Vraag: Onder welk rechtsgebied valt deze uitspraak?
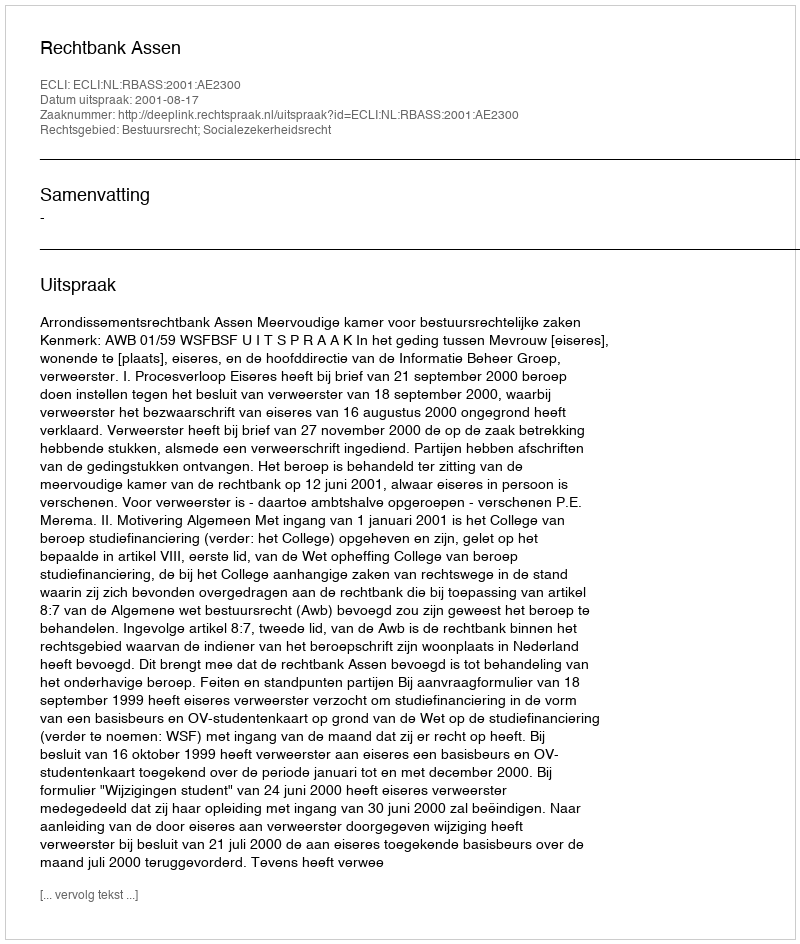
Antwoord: Bestuursrecht; Socialezekerheidsrecht